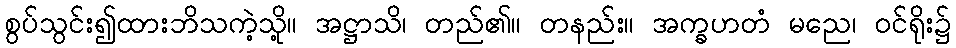
စွပ်သွင်း၍ထားဘိသကဲ့သို့။ အဋ္ဌာသိ၊ တည်၏။ တနည်း။ အက္ခဟတံ မညေ၊ ဝင်ရိုး၌